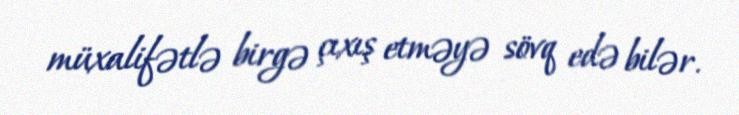
müxalifətlə birgə çıxış etməyə sövq edə bilər.